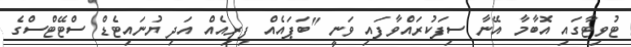
ޓުވިޓާގައި އޮބާމާ އޭނާ ސިފަކުރައްވާފައި ވަނީ "ބަޕައެއް ފިރިއެއް އަދި ޔުނައިޓެޑް ސްޓޭޓްސްގެ